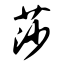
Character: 莎